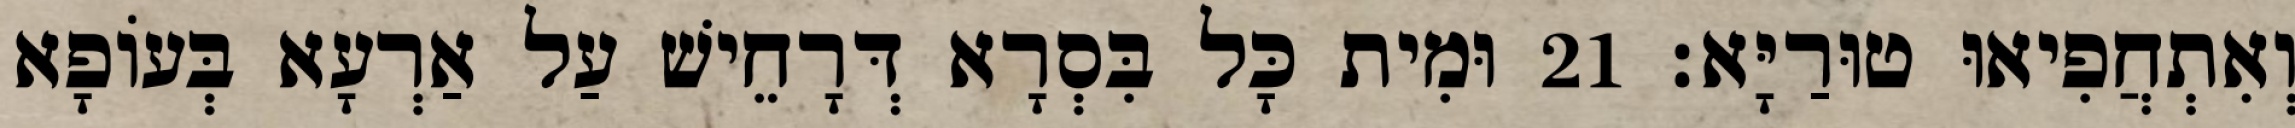
וְאִתְחֲפִיאוּ טוּרַיָּא׃ 21 וּמִית כָּל בִּסְרָא דְּרָחֵישׁ עַל אַרְעָא בְּעוֹפָא